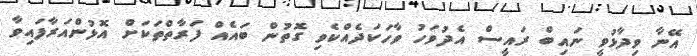
އޭނާ ވިދާޅުވީ ނައިބް ރައީސް އެދުވަހު ވާހަކަދެއްކެވި ގޮތުން ބައެއް ފަރާތްތަކަށް އޮޅުންއަރާފައިވާ